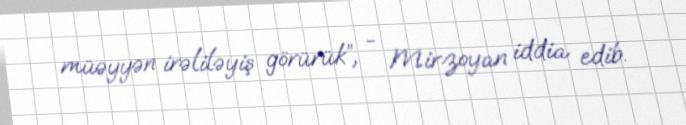
müəyyən irəliləyiş görürük”, - Mirzoyan iddia edib.